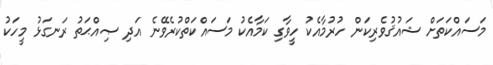
މަސައްކަތަށް ޝައުޤުވެރިކަން ހުރުމާއެކު ހީވާގި ކަމާއެކު މަސައްކަތްކުރެވޭނެ އަދި ޞިއްޙަތު ރަނގަޅު މީހަކު